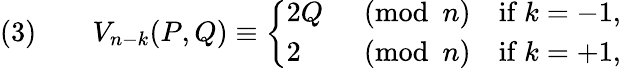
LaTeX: (3)\qquad V_{n-k}(P,Q)\equiv{\left\{ \begin{array}{ll}{2Q}&{{\pmod{n}}\quad{\mathrm{if~}}k=-1,}\\ {2}&{{\pmod{n}}\quad{\mathrm{if~}}k=+1{\mathrm{,}}}\end{array}\right.}